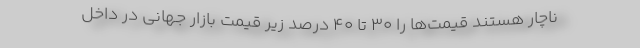
ناچار هستند قیمت‌ها را 30 تا 40 درصد زیر قیمت بازار جهانی در داخل